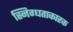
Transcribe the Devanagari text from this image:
स्निग्धताकारक